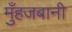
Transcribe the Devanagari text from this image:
मुँहजबानी